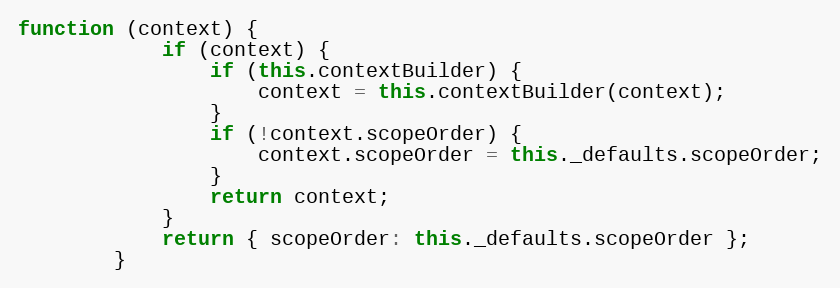
Language: JavaScript
function (context) {
            if (context) {
                if (this.contextBuilder) {
                    context = this.contextBuilder(context);
                }
                if (!context.scopeOrder) {
                    context.scopeOrder = this._defaults.scopeOrder;
                }
                return context;
            }
            return { scopeOrder: this._defaults.scopeOrder };
        }